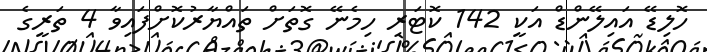
ހޮލިޑޭ އައިލޭންޑް އަކީ 142 ކޮޓަރި ހިމެނޭ ގޮތަށް ތައްޔާރުކޮށްފައިވާ 4 ތަރީގެ